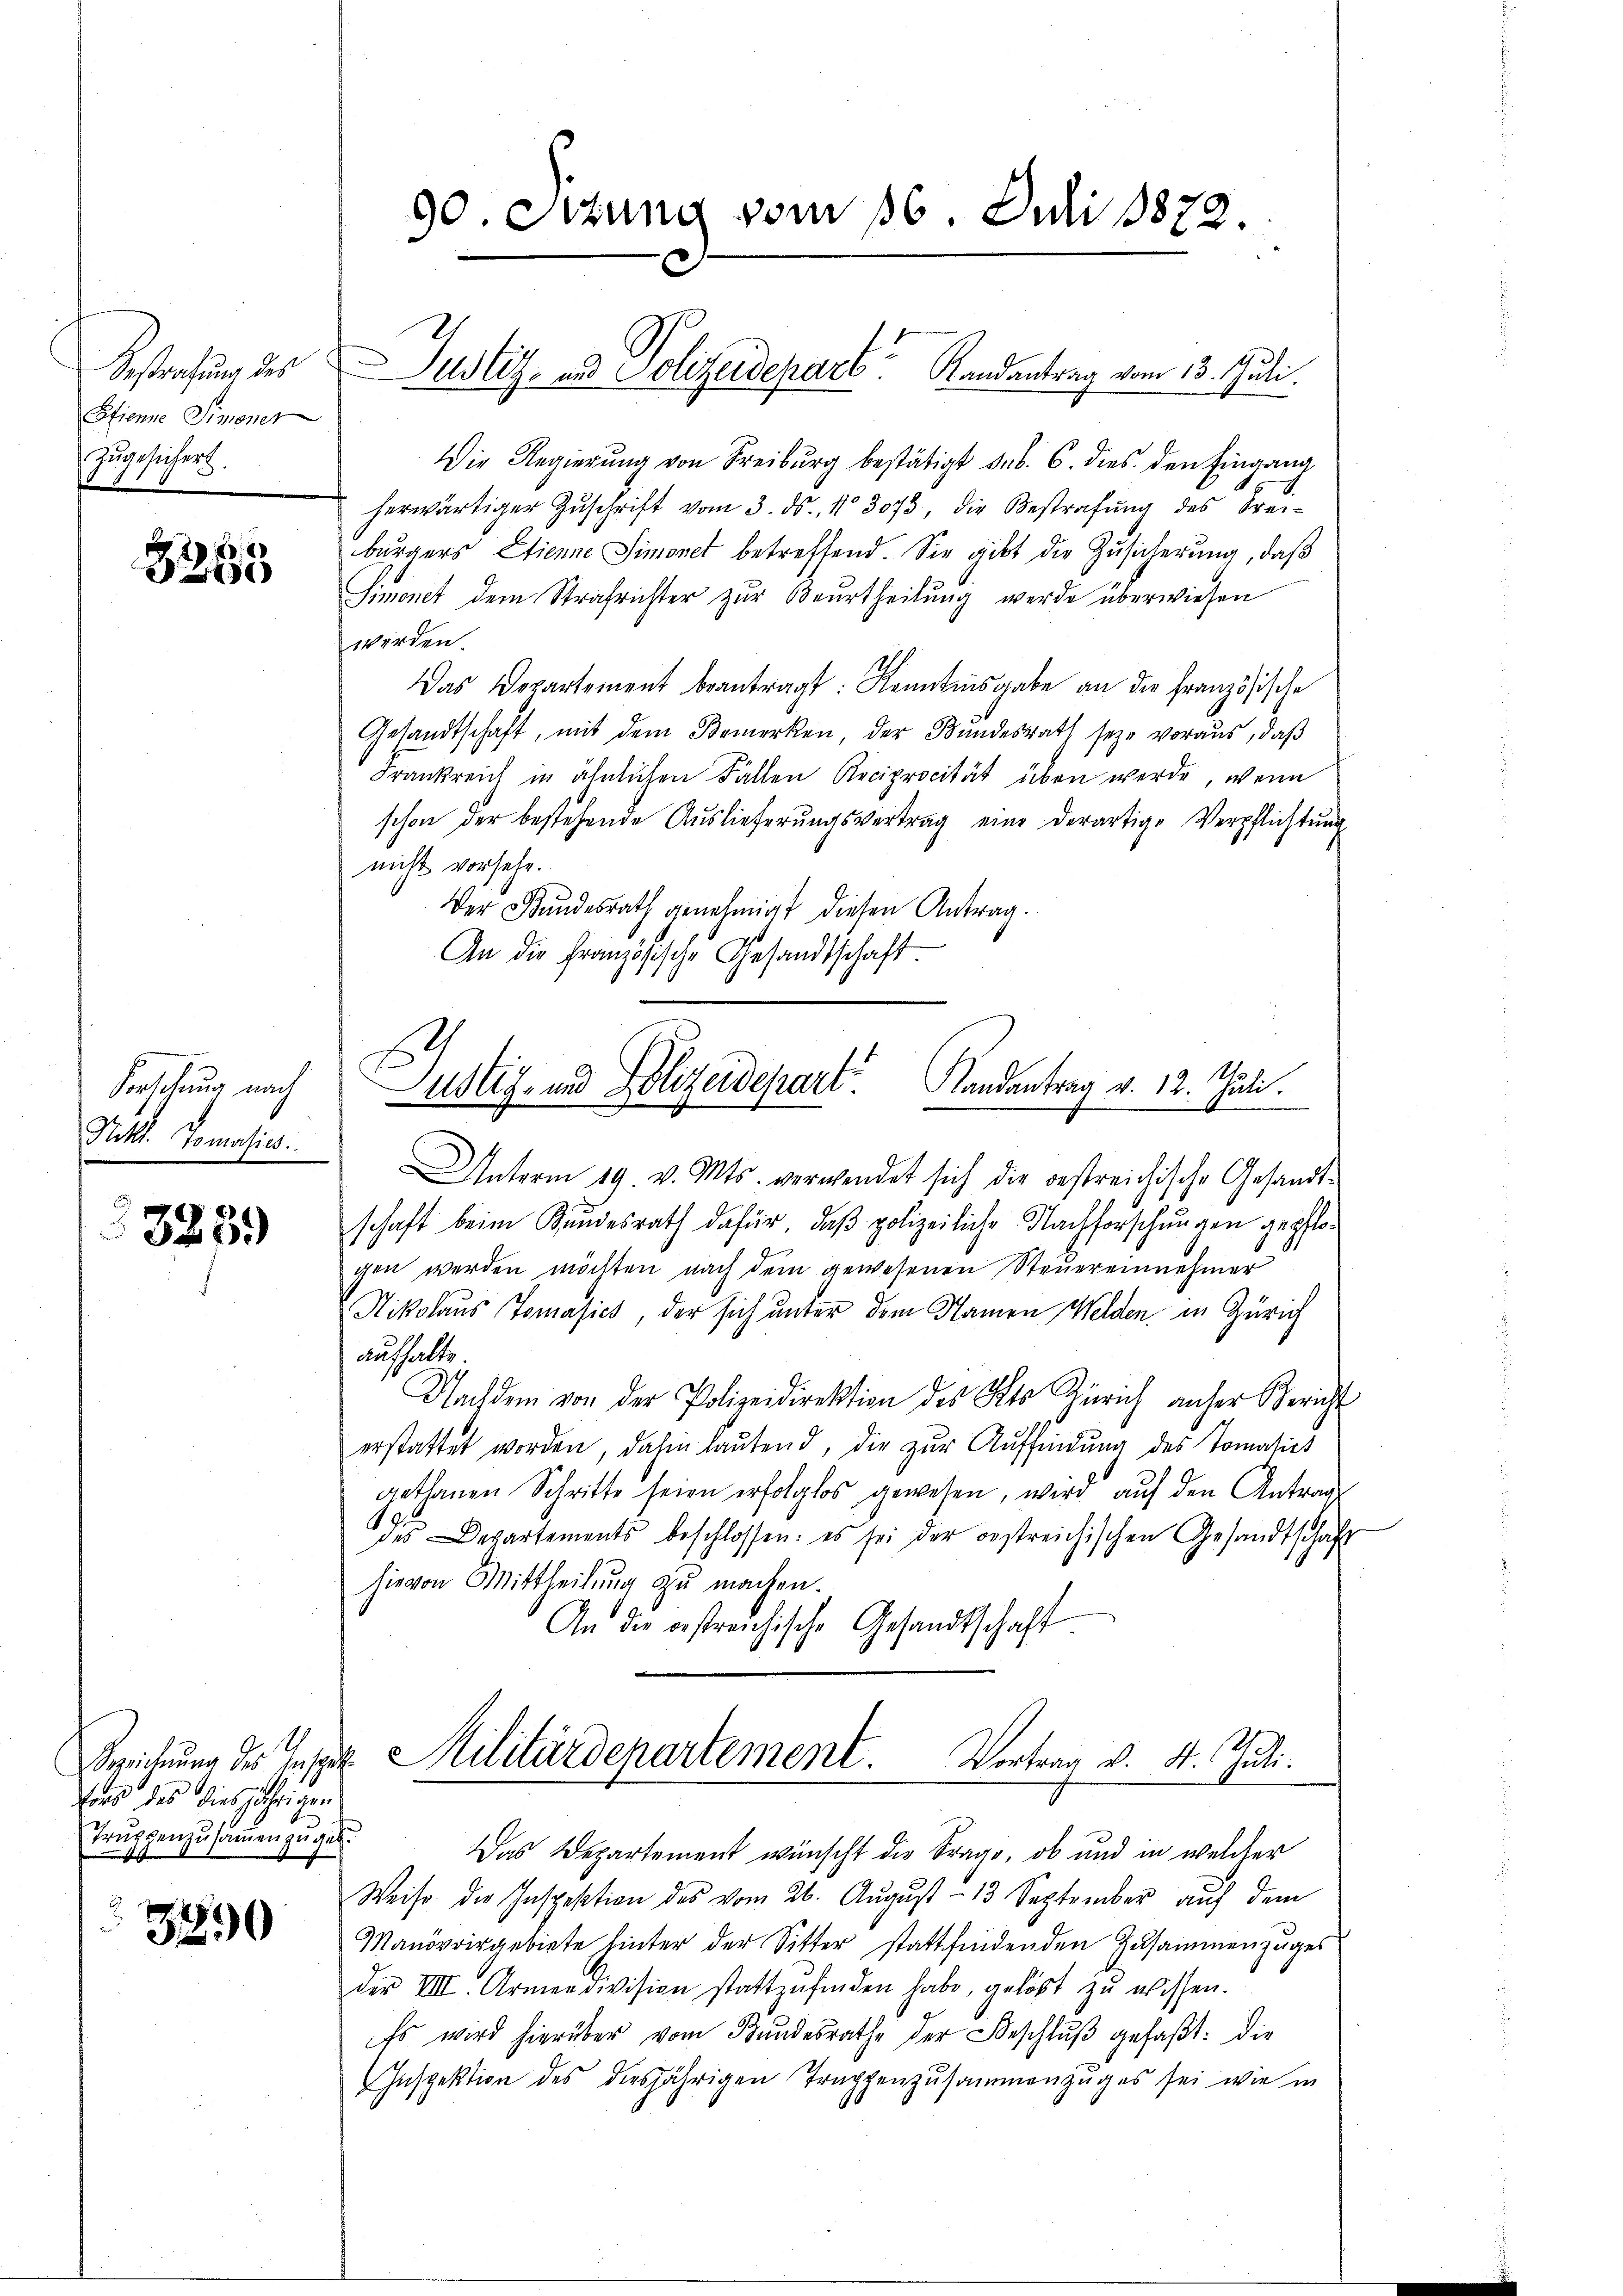
Bestrafung des
Etienne Simoner
zugesichert.

3265

Forschung nach
Sittl. Tomasies.

3289

Bereichnung des Inspe
res des diesjährigen
Truppenzusammen zugeb

390

90 Sitzung vom 16. Juli 1872.

Die Regierŭng von Freiburg bestätigt sub. 6. dies den Eingang
herwärtiger Zŭschrift vom 3. ds. No 3073, die Bestrafŭng des Frei-
bürgers Etienne Simonet betreffend. Sie gibt die Zusicherung, daß
Simonet dem Strafrichter zur Beurtheilung werde überwiesen
werden.
Das Departement beantragt: Kenntnisgabe an die französische
Gesandtschaft, mit dem Bemerken, der Bundesrath seye voraus, daβ
Frankreich in ähnlichen Fallen Reciprocität üben werde, wenn
schon der bestehende Auslieferŭngsvertrag eine derartige Verpflichtung
nicht vorsehe.
Der Bundesrath genehmigt diesen Antrag.
An die Französische Gesandtschaft.
Unterm 19. v. Mts. verwendet sich die bestreichische Gesandtschaft beim Bundesrath dafür, daß polizeiliche Nachforschungen gepflogen werden möchten nach dem gewesenen Steuereinnehmer
Nikolaus Tomasick, der sich unter dem Namen Welden, in Zürich
aufhalte.
Nachdem von der Polizeidirektion des Kts Zürich anher Bericht
erstattet worden, dahin laŭtend, die zur Auffindung des Tomatio
gethanen Schritte seien erfolglos gewesen, wird auf den Antrag
des Departements beschlossen: es sei der oestreichischen Gesandtschaft
hievon Mittheilung zu machen.
An die bestreichische Gesandtschaft
u. Militärdepartement. Vortrag v. 4. Juli.
.
Das Departement wünscht die Frage, ob und in welcher
Weise die Inspektion des vom 26. August – 13 September auf dem
Manövoir gebiete hinter der Sitter stattfindenden Zusammenzuges
der VIII. Armendivision stattzŭfinden habe, gelöst zŭ wissen.
Es wird hierüber vom Bundesrathe der Beschluß gefaßt: die
Inspektion des diesjährigen Trappenzusammenzuges sei wie in

Justiz- und Polizeidepart Randantrag vom 13. Juli.

Justiz- und Polizeidepart Randantrag v. 12. Juli.